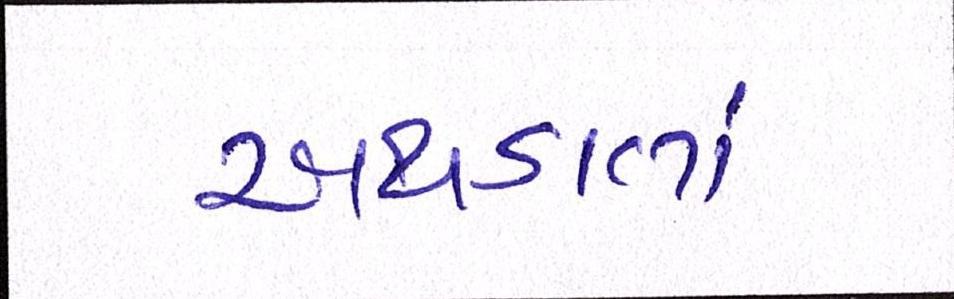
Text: અથડાતાં